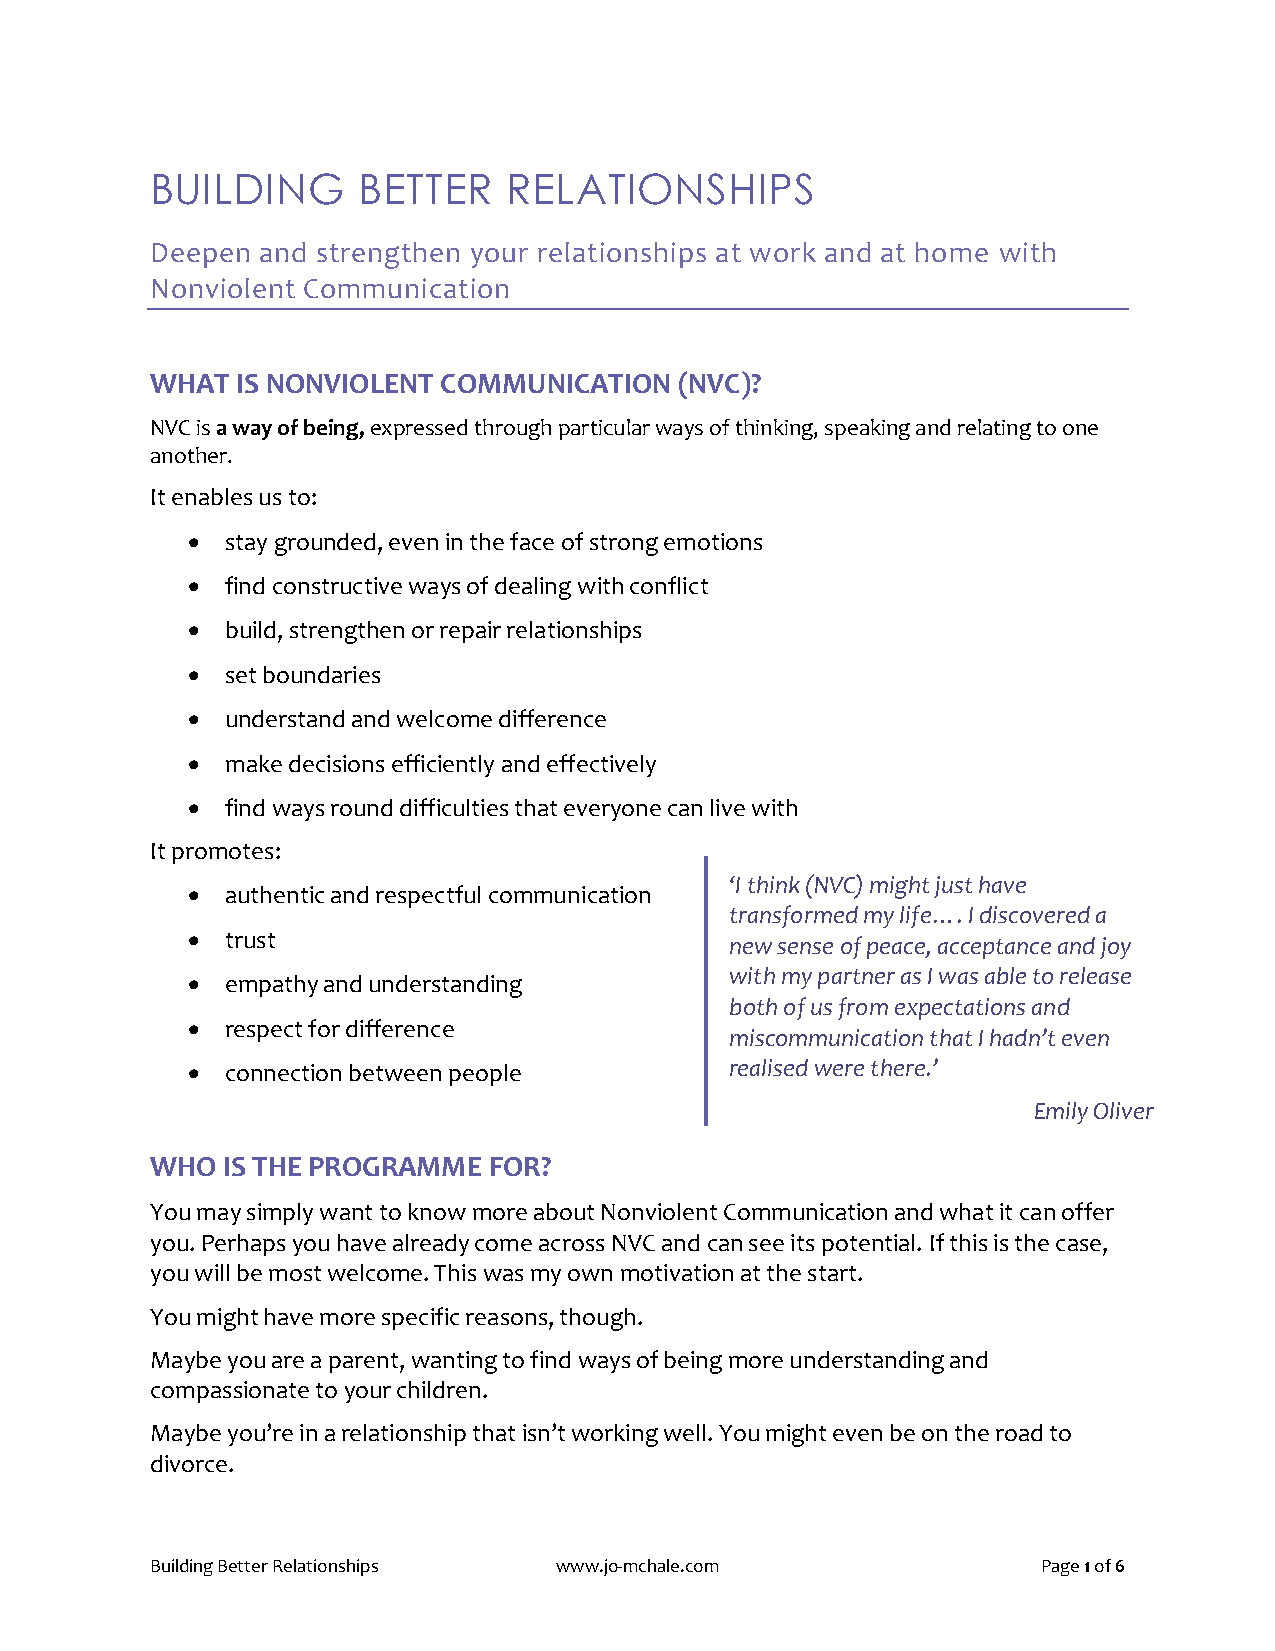
BUILDING      BETTER   RELATIONSHIPS
 Deepen and strengthen your relationships at work and at home with
 Nonviolent Communication
 WHAT  IS NONVIOLENT COMMUNICATION  (NVC)?
 NVC is a way of being, expressed through particular ways of thinking, speaking and relating to one
 another.
 It enables us to:
   stay grounded, even in the face of strong emotions
   find constructive ways of dealing with conflict
   build, strengthen or repair relationships
   set boundaries
   understand and welcome difference
   make decisions efficiently and effectively
   find ways round difficulties that everyone can live with
 It promotes:
 ‘I think (NVC) might just have
   authentic and respectful communication
 transformed my life…. I discovered a
   trust                            new sense of peace, acceptance and joy
   empathy and understanding
 with my partner as I was able to release
 both of us from expectations and
   respect for difference
 miscommunication that I hadn’t even
   connection between people        realised were there.’
 Emily Oliver
 WHO  IS THE PROGRAMME FOR?
 You may simply want to know more about Nonviolent Communication and what it can offer
 you. Perhaps you have already come across NVC and can see its potential. If this is the case,
 you will be most welcome. This was my own motivation at the start.
 You might have more specific reasons, though.
 Maybe you are a parent, wanting to find ways of being more understanding and
 compassionate to your children.
 Maybe you’re in a relationship that isn’t working well. You might even be on the road to
 divorce.
 Building Better Relationships www.jo-mchale.com            Page 1 of 6